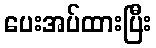
ပေးအပ်ထားပြီး